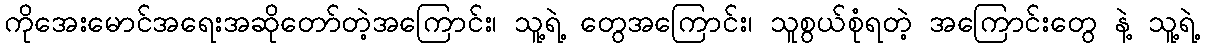
ကိုအေးမောင်အရေးအဆိုတော်တဲ့အကြောင်း၊ သူ့ရဲ့ တွေအကြောင်း၊ သူစွယ်စုံရတဲ့ အကြောင်းတွေ နဲ့ သူ့ရဲ့